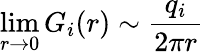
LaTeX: \operatorname*{lim}_{r\rightarrow 0}G_{i}(r)\sim\frac{q_{i}}{2\pi r}